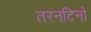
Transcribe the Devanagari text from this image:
तरनटिनो